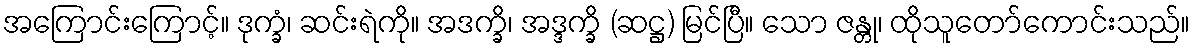
အကြောင်းကြောင့်။ ဒုက္ခံ၊ ဆင်းရဲကို။ အဒက္ခိ၊ အဒ္ဒက္ခိ (ဆဋ္ဌ) မြင်ပြီ။ သော ဇန္တု၊ ထိုသူတော်ကောင်းသည်။